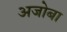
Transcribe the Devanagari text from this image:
अजोबा